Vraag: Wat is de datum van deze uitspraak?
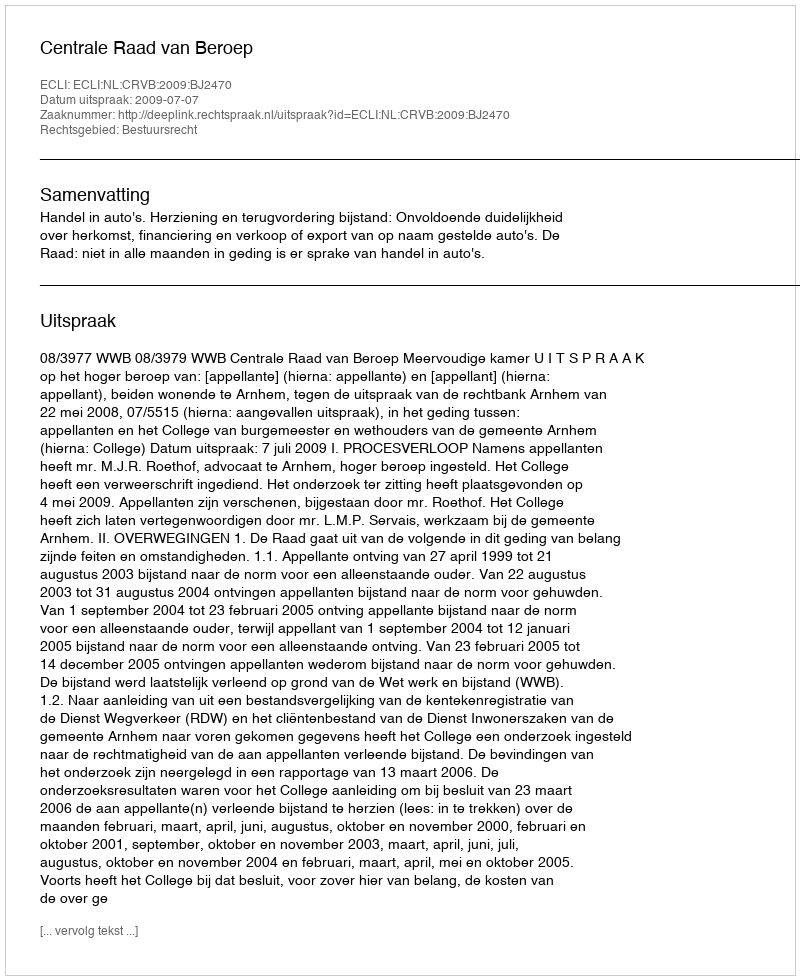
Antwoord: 2009-07-07